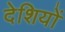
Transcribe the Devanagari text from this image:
देशियों